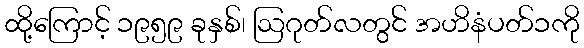
ထို့ကြောင့် ၁၉၅၉ ခုနှစ်၊ ဩဂုတ်လတွင် အဟိနံပတ်၁ကို